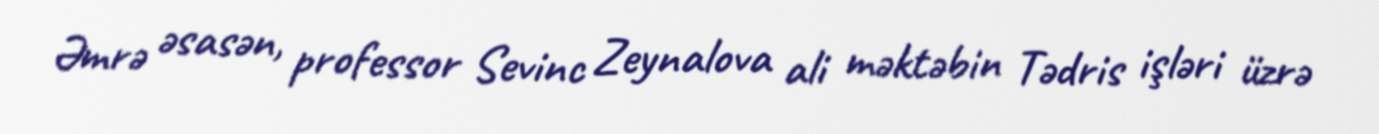
Əmrə əsasən, professor Sevinc Zeynalova ali məktəbin Tədris işləri üzrə